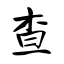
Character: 查